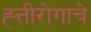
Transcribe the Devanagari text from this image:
ह्त्तीरोगाचे